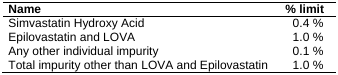
| Name | % limit |
 | --- | --- |
 | Simvastatin Hydroxy Acid | 0.4 % |
 | Epilovastatin and LOVA | 1.0 % |
 | Any other individual impurity | 0.1 % |
 | Total impurity other than LOVA and Epilovastatin | 1.0 % |